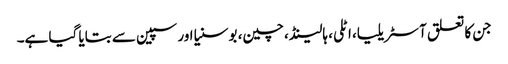
جن کا تعلق آسٹریلیا، اٹلی، ہالینڈ، چین، بوسنیا اور سپین سے بتایا گیا ہے۔